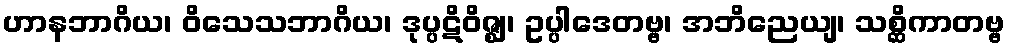
ဟာနဘာဂိယ၊ ဝိသေသဘာဂိယ၊ ဒုပ္ပဋိဝိဇ္ဈ၊ ဥပ္ပါဒေတဗ္ဗ၊ အဘိညေယျ၊ သစ္ဆိကာတဗ္ဗ